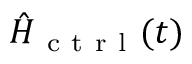
\hat { H } _ { \mathrm { ~ c ~ t ~ r ~ l ~ } } ( t )